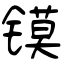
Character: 镆